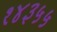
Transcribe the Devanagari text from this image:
१४३५५